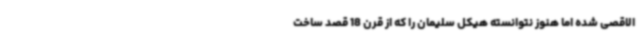
الاقصی شده اما هنوز نتوانسته هیکل سلیمان را که از قرن 18 قصد ساخت